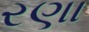
રણા